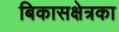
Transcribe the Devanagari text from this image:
बिकासक्षेत्रका